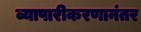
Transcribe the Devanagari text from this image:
व्यापारीकरणानंतर